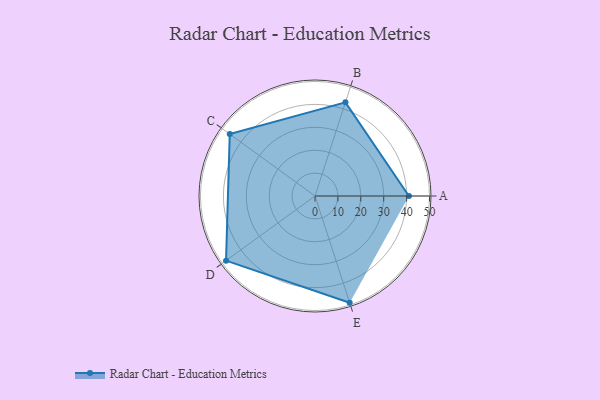
{"axis": {"x": "Skill", "y": "Score"}, "legend": ["Profile"], "data": [{"x": "A", "y": 41.0, "type": "Profile"}, {"x": "B", "y": 43.0, "type": "Profile"}, {"x": "C", "y": 46.0, "type": "Profile"}, {"x": "D", "y": 48.0, "type": "Profile"}, {"x": "E", "y": 49.0, "type": "Profile"}]}